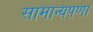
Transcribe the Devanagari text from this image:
सामान्यपणा